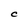
Character: C